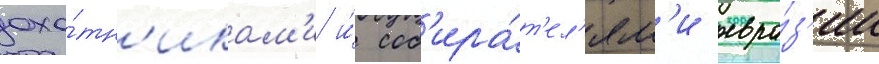
охо́тн'икам'и и́ соб'ира́т'ел'ям'и евра́з'ии